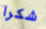
شكرا